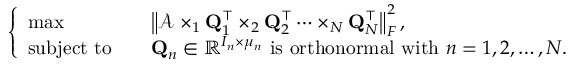
\left\{ \begin{array} { l l } { \operatorname* { m a x } } & { \quad \left\| \mathcal { A } \times _ { 1 } \mathbf { Q } _ { 1 } ^ { \top } \times _ { 2 } \mathbf { Q } _ { 2 } ^ { \top } \dots \times _ { N } \mathbf { Q } _ { N } ^ { \top } \right\| _ { F } ^ { 2 } , } \\ { \mathrm { s u b j e c t ~ t o } } & { \quad \mathbf { Q } _ { n } \in \mathbb { R } ^ { I _ { n } \times \mu _ { n } } \mathrm { ~ i s ~ o r t h o n o r m a l ~ w i t h ~ } n = 1 , 2 , \dots , N . } \end{array} \right.